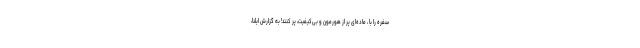
سفره را با ، ماده‌ای پر از هورمون و بی‌کیفیت، پر کنند! به گزارش ایلنا،